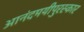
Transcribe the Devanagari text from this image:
आनंदमयीपुरस्कार